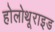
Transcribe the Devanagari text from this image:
होलोथूराइड